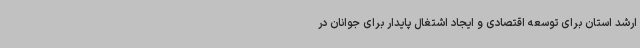
ارشد استان برای توسعه اقتصادی و ایجاد اشتغال پایدار برای جوانان در